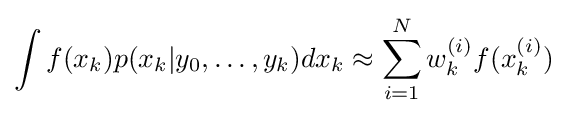
\int f(x_{k})p(x_{k}|y_{0},\dots ,y_{k})dx_{k}\approx \sum _{i=1}^{N}w_{k}^{(i)}f(x_{k}^{(i)})